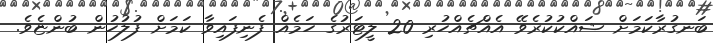
ބަނގުރާކަމަށް ޝައްކުކުރެވޭ އެއްޗެއްހުރި 20 ލީޓަރުގެ ހަމެއް ފެނިފައިވާ ކަމަށް ފުލުހުން ބުންޏެވެ.